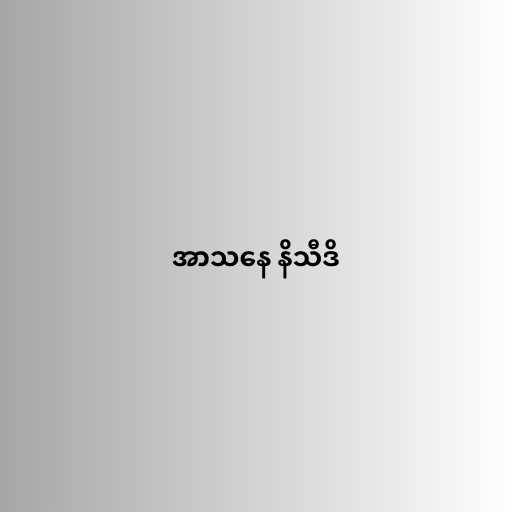
အာသနေ နိသီဒိ